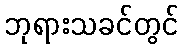
ဘုရားသခင်တွင်